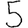
Digit: 5